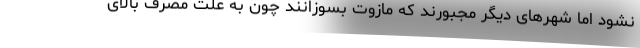
نشود اما شهرهای دیگر مجبورند که مازوت بسوزانند چون به علت مصرف بالای